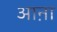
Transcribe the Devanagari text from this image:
आऩा